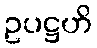
ဥပဋ္ဌဟိ